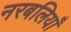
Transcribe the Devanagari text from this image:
नरबलियाँ